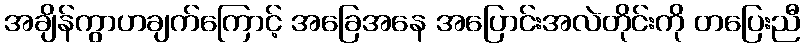
အချိန်ကွာဟချက်ကြောင့် အခြေအနေ အပြောင်းအလဲတိုင်းကို တပြေးညီ